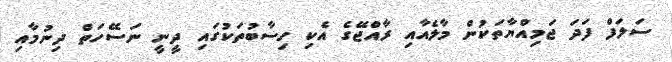
ސަލަފް ފަދަ ޖަމިއްޔާތަކުން މާލެއާއި ރާއްޖޭގެ އެކި ހިސާބުތަކުގައި ދީނީ ނަސޭހަތް ދިނުމާއި